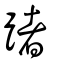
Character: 踷